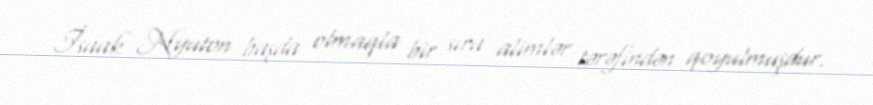
İsaak Nyuton başda olmaqla bir sıra alimlər tərəfindən qoyulmuşdur.